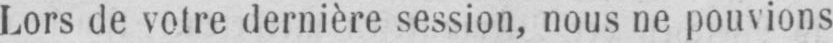
Lors de votre dernière session, nous ne pouvions